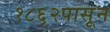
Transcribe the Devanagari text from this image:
१८६२पासून